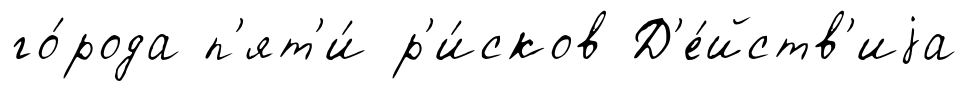
го́рода п'ят'и́ р'и́сков Д'е́йств'иjа